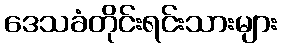
ဒေသခံတိုင်းရင်းသားများ